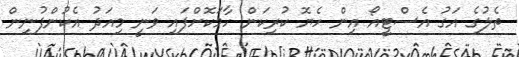
ތެލުގެ އަގު އެސްޓީއޯ އިން ހެޔޮ ކުރިކަން ހާމަކޮށްފައި ވަނީ މިއަދު އެކުންފުނިން